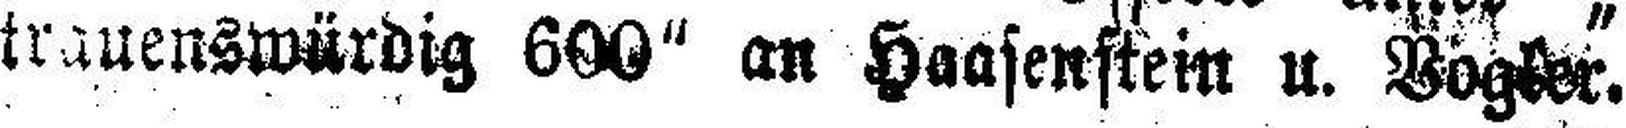
trauenswürdig 600“ an Haasenstein u. Vögler.